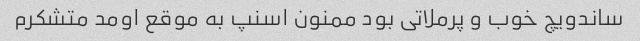
ساندویچ خوب و پرملاتی بود ممنون اسنپ به موقع اومد متشکرم